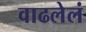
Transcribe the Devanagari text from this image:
वाढलेलं